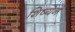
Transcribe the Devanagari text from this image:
शिष्येनं